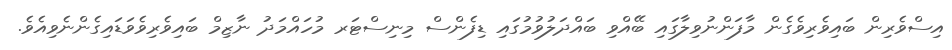
އިސްވެރިން ބައިވެރިވެގެން މާފަންނުވިލާގައި ބޭއްވި ބައްދަލުވުމުގައި ޑިފެންސް މިނިސްޓަރ މުހައްމަދު ނާޒިމް ބައިވެރިވެވަޑައިގެންނެވިއެވެ.